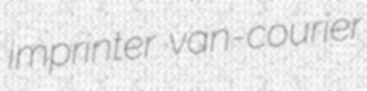
imprinter van-courier